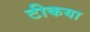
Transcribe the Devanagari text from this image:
टीकया